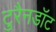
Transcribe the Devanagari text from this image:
टुरैनडॉट